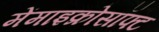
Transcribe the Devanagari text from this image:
मेंमाइक्रोसॉफ्ट